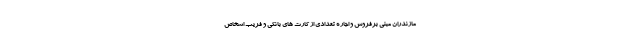
مازندران مبنی برفروش و اجاره تعدادی از کارت های بانکی و فریب اشخاص